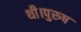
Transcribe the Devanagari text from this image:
थी।पुरुष